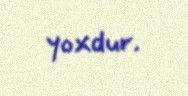
yoxdur.